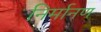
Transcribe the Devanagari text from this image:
निर्मानण